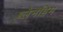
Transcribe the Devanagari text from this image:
ब्लेनहिम